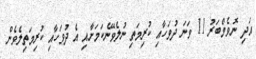
އަދި ނޮވެމްބަރު 11 ވަނަ ދުވަހާއި ކުރިމަތި ނުލެވޭނެކަމަށާއި އެ ދުވަހާއި ކުރިމަތިލެވެން